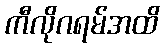
ကီလိုဂရမ်အထိ